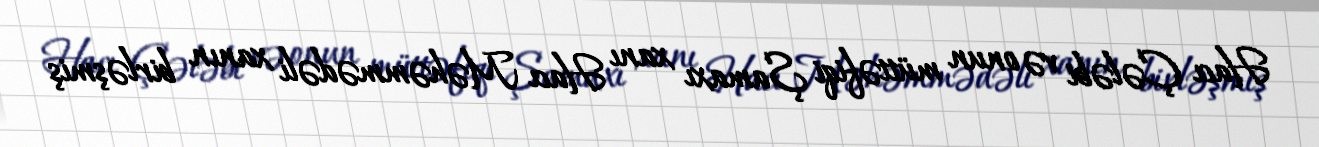
Hacı Çələbi və onun müttəfiqi Şamaxı xanı Hacı Məhəmmədəli xanın birləşmiş